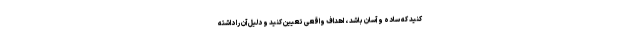
کنید که ساده و آسان باشد ، اهداف واقعی تعیین کنید و دلیل آن را داشته